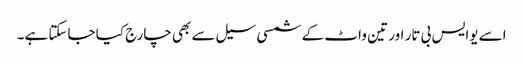
اسے یوایس بی تار اور تین واٹ کے شمسی سیل سے بھی چارج کیا جاسکتا ہے۔